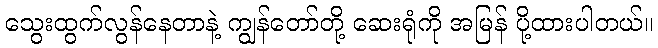
သွေးထွက်လွန်နေတာနဲ့ ကျွန်တော်တို့ ဆေးရုံကို အမြန် ပို့ထားပါတယ်။